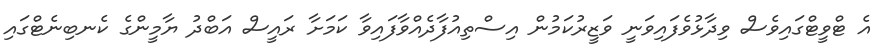
އެ ޓްވީޓްގައިވެސް ވިދާޅުވެފައިވަނީ ވަޒީރުކަމުން އިސްތިއުފާދެއްވާފައިވާ ކަމަށާ ރައީސް އަބްދު ޔާމީންގެ ކެނބިނެޓްގައި